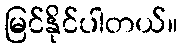
မြင်နိုင်ပါတယ်။